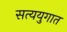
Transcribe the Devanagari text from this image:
सत्ययुगात